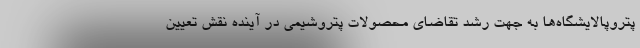
پتروپالایشگاه‌ها به جهت رشد تقاضای محصولات پتروشیمی در آینده نقش تعیین